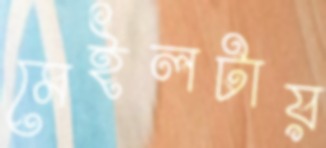
মেইলটায়